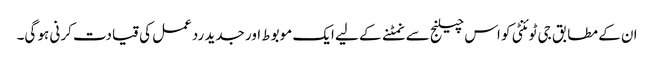
ان کے مطابق جی ٹوئنٹی کو اس چیلنج سے نمٹنے کے لیے ایک موبوط اور جدید ردعمل کی قیادت کرنی ہو گی۔